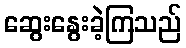
ဆွေးနွေးခဲ့ကြသည်